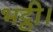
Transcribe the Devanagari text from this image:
भट्ठी।